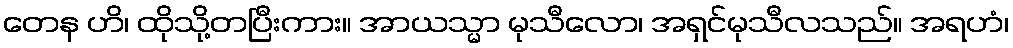
တေန ဟိ၊ ထိုသို့တပြီးကား။ အာယသ္မာ မုသီလော၊ အရှင်မုသီလသည်။ အရဟံ၊